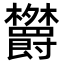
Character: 𬅕